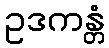
ဥဒကန္တံ